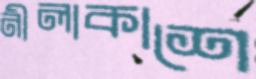
নীলাকাশে